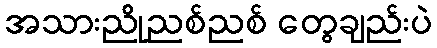
အသားညိုညစ်ညစ် တွေချည်းပဲ